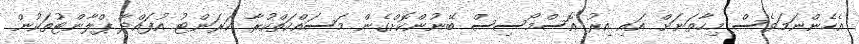
އެހެންނަމަވެސް މިހާތަނަށް އައި އިރު އޮސްމޯސިސް ބޭނުންކޮށްގެން މަސައްކަތްކުރާ ކަރަންޓު އުފައްދާ ޕްލާންޓުތަކުން